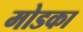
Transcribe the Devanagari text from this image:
मोडका